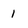
Character: 1